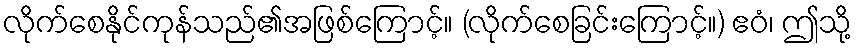
လိုက်စေနိုင်ကုန်သည်၏အဖြစ်ကြောင့်။ (လိုက်စေခြင်းကြောင့်။) ဧဝံ၊ ဤသို့